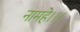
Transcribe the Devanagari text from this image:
नामहे।।।